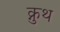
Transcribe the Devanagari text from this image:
क्नुथ